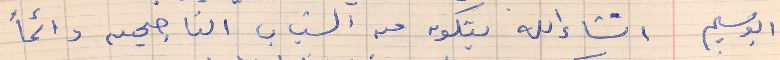
ابو سليم     انشاء الله بتكون من الشباب الناجحين دائماً